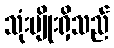
သုံးမျိုးရှိသည်